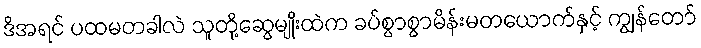
ဒိအရင် ပထမတခါလဲ သူတို့ဆွေမျိုးထဲက ခပ်စွာစွာမိန်းမတယောက်နှင့် ကျွန်တော်